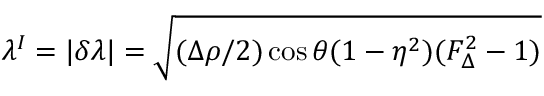
\lambda ^ { I } = | \delta \lambda | = \sqrt { ( \Delta \rho / 2 ) \cos \theta ( 1 - \eta ^ { 2 } ) ( F _ { \Delta } ^ { 2 } - 1 ) }